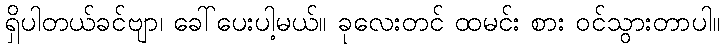
ရှိပါတယ်ခင်ဗျာ၊ ခေါ်ပေးပါ့မယ်။ ခုလေးတင် ထမင်း စား ဝင်သွားတာပါ။